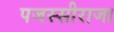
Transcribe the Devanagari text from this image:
पजस्सीराजा